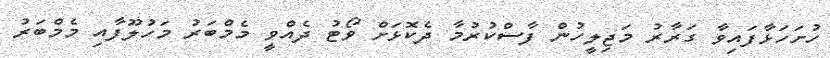
ހުށަހަޅާފައިވާ ގަރާރު މަޖިލީހުން ފާސްކުރުމާ ދެކޮޅަށް ވޯޓު ދެއްވީ މެމްބަރު މަހުލޫފާއި މެމްބަރު